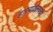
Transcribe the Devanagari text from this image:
हास्यक्लबची